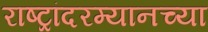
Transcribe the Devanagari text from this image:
राष्ट्रांदरम्यानच्या